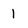
Character: 1